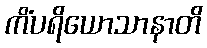
ကိံပရိယောသာနာတိ